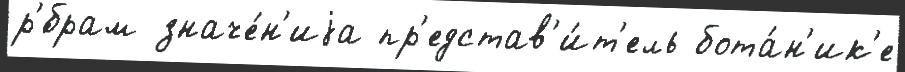
р'́брам значе́н'иjа пр'едстав'и́т'ель бота́н'ик'е